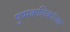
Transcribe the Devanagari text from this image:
पुष्पकलिकांच्या